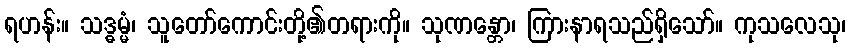
ရဟန်း။ သဒ္ဓမ္မံ၊ သူတော်ကောင်းတို့၏တရားကို။ သုဏန္တော၊ ကြားနာရသည်ရှိသော်။ ကုသလေသု၊